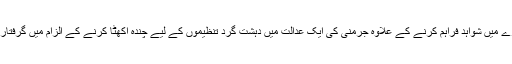
علاوہ ازیں ناصر نے جرمن حکام کو دہشت گروپوں کے بارے میں شواہد فراہم کرنے کے علاوہ جرمنی کی ایک عدالت میں دہشت گرد تنظیموں کے لیے چندہ اکھٹا کرنے کے الزام میں گرفتار اپنے سوتیلے والد علیم ناصر کے خلاف بھی گواہی دی تھی۔